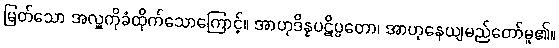
မြတ်သော အလှူကိုခံထိုက်သောကြောင့်။ အာဟုဒိန္နပဋိပ္ပတော၊ အာဟုနေယျမည်တော်မူ၏။